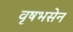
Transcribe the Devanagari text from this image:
वृषभसेन